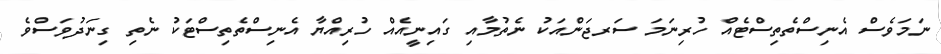
ނަމަވެސް އެނިސްތެތިސްޓެއް ހުރިނަމަ ސަރޖަންއަކު ނެތުމާއި ގައިނީއެއް ހުރިއްޔާ އެނިސްތެތިސްޓަކު ނެތި ގިނަދުވަސްވެ